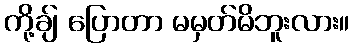
ကို့ချ် ပြောတာ မမှတ်မိဘူးလား။